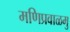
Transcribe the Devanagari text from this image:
मणिप्रवाळमु